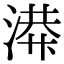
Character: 𫞙